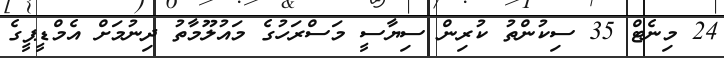
24 މިނެޓް 35 ސިކުންތު ކުރިން ސިޔާސީ މަސްރަހުގެ މައުލޫމާތު ދިނުމަށް އެމްޑީޕީގެ